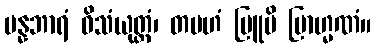
ပန္နဘာရံ ဝိသံယုတ္တံ၊ တမဟံ ဗြူမိ ဗြာဟ္မဏံ။